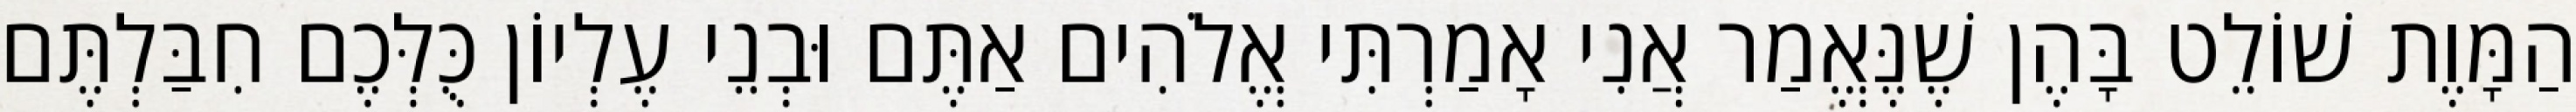
הַמָּוֶת שׁוֹלֵט בָּהֶן שֶׁנֶּאֱמַר אֲנִי אָמַרְתִּי אֱלֹהִים אַתֶּם וּבְנֵי עֶלְיוֹן כֻּלְּכֶם חִבַּלְתֶּם